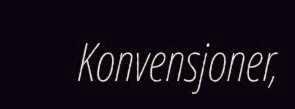
Konvensjoner,